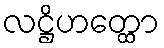
လဋ္ဌိဟတ္ထော